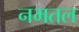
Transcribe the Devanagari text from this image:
नभतल